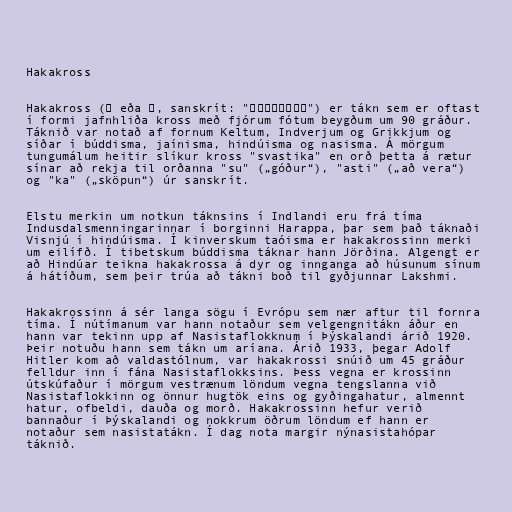
Hakakross

Hakakross (卐 eða 卍, sanskrít: "स्वस्तिक") er tákn sem er oftast
í formi jafnhliða kross með fjórum fótum beygðum um 90 gráður.
Táknið var notað af fornum Keltum, Indverjum og Grikkjum og
síðar í búddisma, jaínisma, hindúisma og nasisma. Á mörgum
tungumálum heitir slíkur kross "svastika" en orð þetta á rætur
sínar að rekja til orðanna "su" („góður“), "asti" („að vera“)
og "ka" („sköpun“) úr sanskrít.

Elstu merkin um notkun táknsins í Indlandi eru frá tíma
Indusdalsmenningarinnar í borginni Harappa, þar sem það táknaði
Visnjú í hindúisma. Í kinverskum taóisma er hakakrossinn merki
um eilífð. Í tibetskum búddisma táknar hann Jörðina. Algengt er
að Hindúar teikna hakakrossa á dyr og innganga að húsunum sínum
á hátíðum, sem þeir trúa að tákni boð til gyðjunnar Lakshmi.

Hakakrossinn á sér langa sögu í Evrópu sem nær aftur til fornra
tíma. Í nútímanum var hann notaður sem velgengnitákn áður en
hann var tekinn upp af Nasistaflokknum í Þýskalandi árið 1920.
Þeir notuðu hann sem tákn um aríana. Árið 1933, þegar Adolf
Hitler kom að valdastólnum, var hakakrossi snúið um 45 gráður
felldur inn í fána Nasistaflokksins. Þess vegna er krossinn
útskúfaður í mörgum vestrænum löndum vegna tengslanna við
Nasistaflokkinn og önnur hugtök eins og gyðingahatur, almennt
hatur, ofbeldi, dauða og morð. Hakakrossinn hefur verið
bannaður í Þýskalandi og nokkrum öðrum löndum ef hann er
notaður sem nasistatákn. Í dag nota margir nýnasistahópar
táknið.